Annual report on the health of the army in India
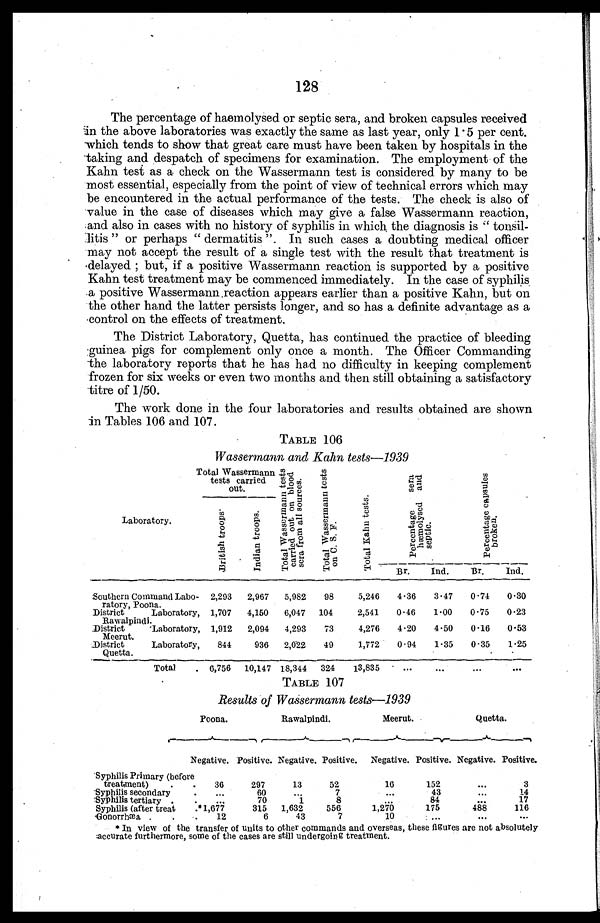
128
The percentage of haemolysed or septic sera, and broken capsules received
in the above laboratories was exactly the same as last year, only 1.5 per cent
which tends to show that great care must have been taken by hospitals in the
taking and despatch of specimens for examination. The employment of the
Kahn test as a check on the Wassermann test is considered by many to be
most essential, especially from the point of view of technical errors which may
be encountered in the actual performance of the tests. The check is also of
value in the case of diseases which may give a false Wassermann reaction,
and also in cases with no history of syphilis in which the diagnosis is " tonsil-
-litis " or perhaps " dermatitis ". In such cases a doubting medical officer
may not accept the result of a single test with the result that treatment is
delayed ; but, if a positive Wassermann reaction is supported by a positive
Kahn test treatment may be commenced immediately. In the case of syphilis
a positive Wassermann reaction appears earlier than a positive Kahn, but on
the other hand the latter persists longer, and so has a definite advantage as a
control on the effects of treatment.
The District Laboratory, Quetta, has continued the practice of bleeding
guinea pigs for complement only once a month. The Officer Commanding
the laboratory reports that he has had no difficulty in keeping complement
frozen for six weeks or even two months and then still obtaining a satisfactory
titre of 1/50.
The work done in the four laboratories and results obtained are shown
in Tables 106 and 107.
TABLE 106
Wassermann and Kahn tests—1939
Total Wasserman n
tests carried
out.
T o t a l W a s e r m a n n t e s t s c a r r i e d o u t o n b l o o d s c r a f r o m a l l s o u r c e s .
T o t a l W a s s e r m a n n t e s t s o n C . S . F
T o t a l K a h n t e s t s .
P e r c e n t a g e s e r a h æ m o l y s e d a n d s e p t i c .
P e r c e n t a g e c a p s u l e s b r o k e n .
Laboratory.
B r i t i s h t r o o p s
.
I n d i a n t r o o p s .
Ind.
Br.
Ind.
Br.
Southern Command Labo-
ratory, Poona.
2,293
2,967
5,982
98
5,246
4.36
3.47
0.74
0.30
District
Laboratory,
Rawalpindi.
1,707
4,150
6,047 104
2,541
0.46
1.00
0.75
0.23
District
Laboratory,
Meerut.
1,912
2,094
4,293
73
4,276
4.20
4.50
0.16
0.53
District
Laboratory,
Quetta.
844
936
2,022
49
1,772
0.94
1.35
0.35
1.25
Total. 6,756 10,147 18,344 324
13,835
. . .
. . .
. . .
. . .
TABLE 107
Results of Wassermann tests—1939
Poona.
Rawalpindi.
Meerut.
Quetta.
Negative. Positive. Negative. Positive. Negative. Positive. Negative. Positive.
Syphilis Primary (before
treatment)
. . .
36
297
13
52
16
152
...
3
Syphilis secondary . . .
. . .
60
. . .
7
. . .
43
. . .
14
S y p h i l i s t e r t i a r y . . .
. . .
70
1
8
. . .
84
. . .
17
Syphilis (after treat . . .
* 1 , 6 7 7
315 1,632
556
1,270
175
488
116
Gonorrhæa . . .
12
6
4 3
7
10
. . .
. . .
. . .
* In view of the transfer of units to other commands and overseas, these figures are not absolutely
accurate furthermore, some of the cases are still undergoing treatment.